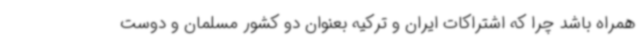
همراه باشد چرا که اشتراکات ایران و ترکیه بعنوان دو کشور مسلمان و دوست